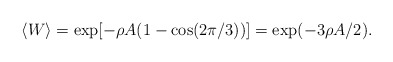
\begin{align*}\langle W \rangle = \exp [-\rho A(1-\cos(2\pi /3))]=\exp(-3\rho A/2).\end{align*}